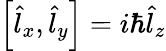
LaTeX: \begin{array}{r}{\left[\hat{l}_{x},\hat{l}_{y}\right]=i\hbar\hat{l}_{z}}\end{array}